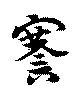
謇